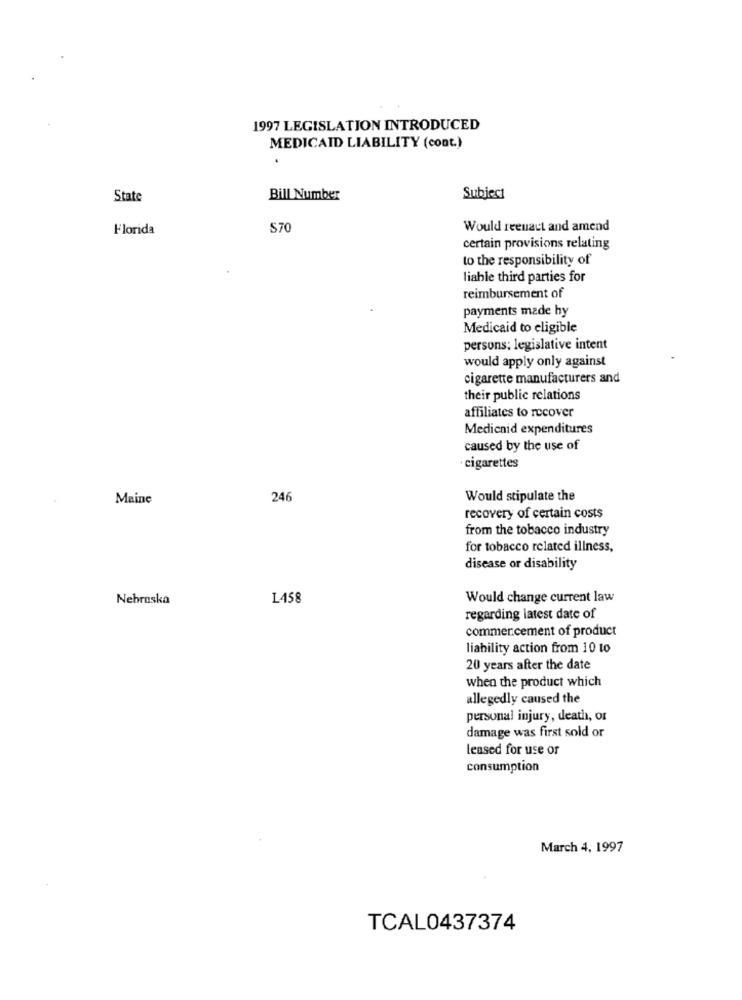
1997 LEGISLATION INTRODUCED
MEDICAID LIABILITY (cont.)
.
State
Bill Number
Subject
Florida
S70
Would reenact and amend
certain provisions relating
to the responsibility of
liable third parties for
reimbursement of
payments made hy
Medicaid to eligible
persons; legislative intent
would apply only against
cigarette manufacturers and
their public relations
affiliates to recover
Medicaid expenditures
caused by the use of
cigarettes
Maine
246
Would stipulate the
recovery of certain costs
from the tobacco industry
for tobacco related illness,
disease or disability
Nebraska
L458
Would change current law
regarding latest date of
commencement of product
liability action from 10 to
20 years after the date
when the product which
allegedly caused the
personal injury, death, or
damage was first sold or
leased for use or
consumption
March 4, 1997
TCAL0437374